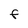
Character: F